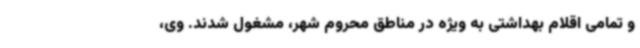
و تمامی اقلام بهداشتی به ویژه در مناطق محروم شهر، مشغول شدند. وی،